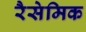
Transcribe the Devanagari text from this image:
रैसेमिक